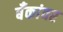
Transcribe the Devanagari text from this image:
बँकांवर